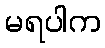
မရပါက